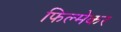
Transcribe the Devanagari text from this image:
फिल्मेकर